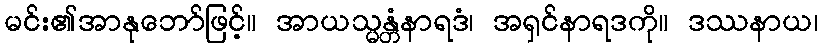
မင်း၏အာနုဘော်ဖြင့်။ အာယသ္မန္တံနာရဒံ၊ အရှင်နာရဒကို။ ဒဿနာယ၊